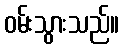
ဝမ်းသွားသည်။